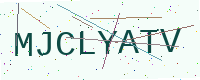
Text: MJCLYATV